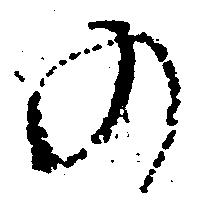
の